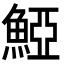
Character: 𩸋